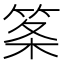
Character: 筿